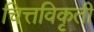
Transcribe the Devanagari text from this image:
चित्तविकृती